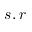
s , r